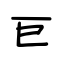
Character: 巨